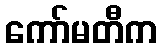
ကော်မတီက